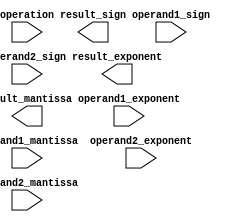
module extended_precision_fpu (
    input wire [63:0] operand1_sign,
    input wire [63:0] operand1_exponent,
    input wire [63:0] operand1_mantissa,
    
    input wire [63:0] operand2_sign,
    input wire [63:0] operand2_exponent,
    input wire [63:0] operand2_mantissa,
    
    input wire operation, // 0: addition, 1: subtraction, 2: multiplication, 3: division
    
    output wire [63:0] result_sign,
    output wire [63:0] result_exponent,
    output wire [63:0] result_mantissa
);

    // Arithmetic Block for Addition
    // Implement logic for addition of extended precision floating point numbers

    // Arithmetic Block for Subtraction
    // Implement logic for subtraction of extended precision floating point numbers

    // Arithmetic Block for Multiplication
    // Implement logic for multiplication of extended precision floating point numbers

    // Arithmetic Block for Division
    // Implement logic for division of extended precision floating point numbers

    // Rounding Logic
    // Implement rounding logic to ensure correct handling of precision and accuracy

endmodule